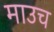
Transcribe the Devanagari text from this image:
माउच